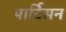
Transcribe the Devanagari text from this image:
पार्टिसन